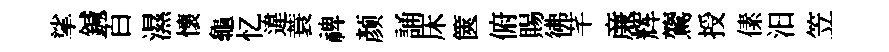
挲鍼百濕懐龜忆違蓑禆颜誦床篋俯賜彿芊亷辉鷟授傃汨笠